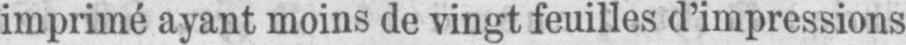
imprimé ayant moins de vingt feuilles d’impressions